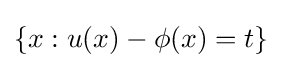
\{x:u(x)-\phi (x)=t\}